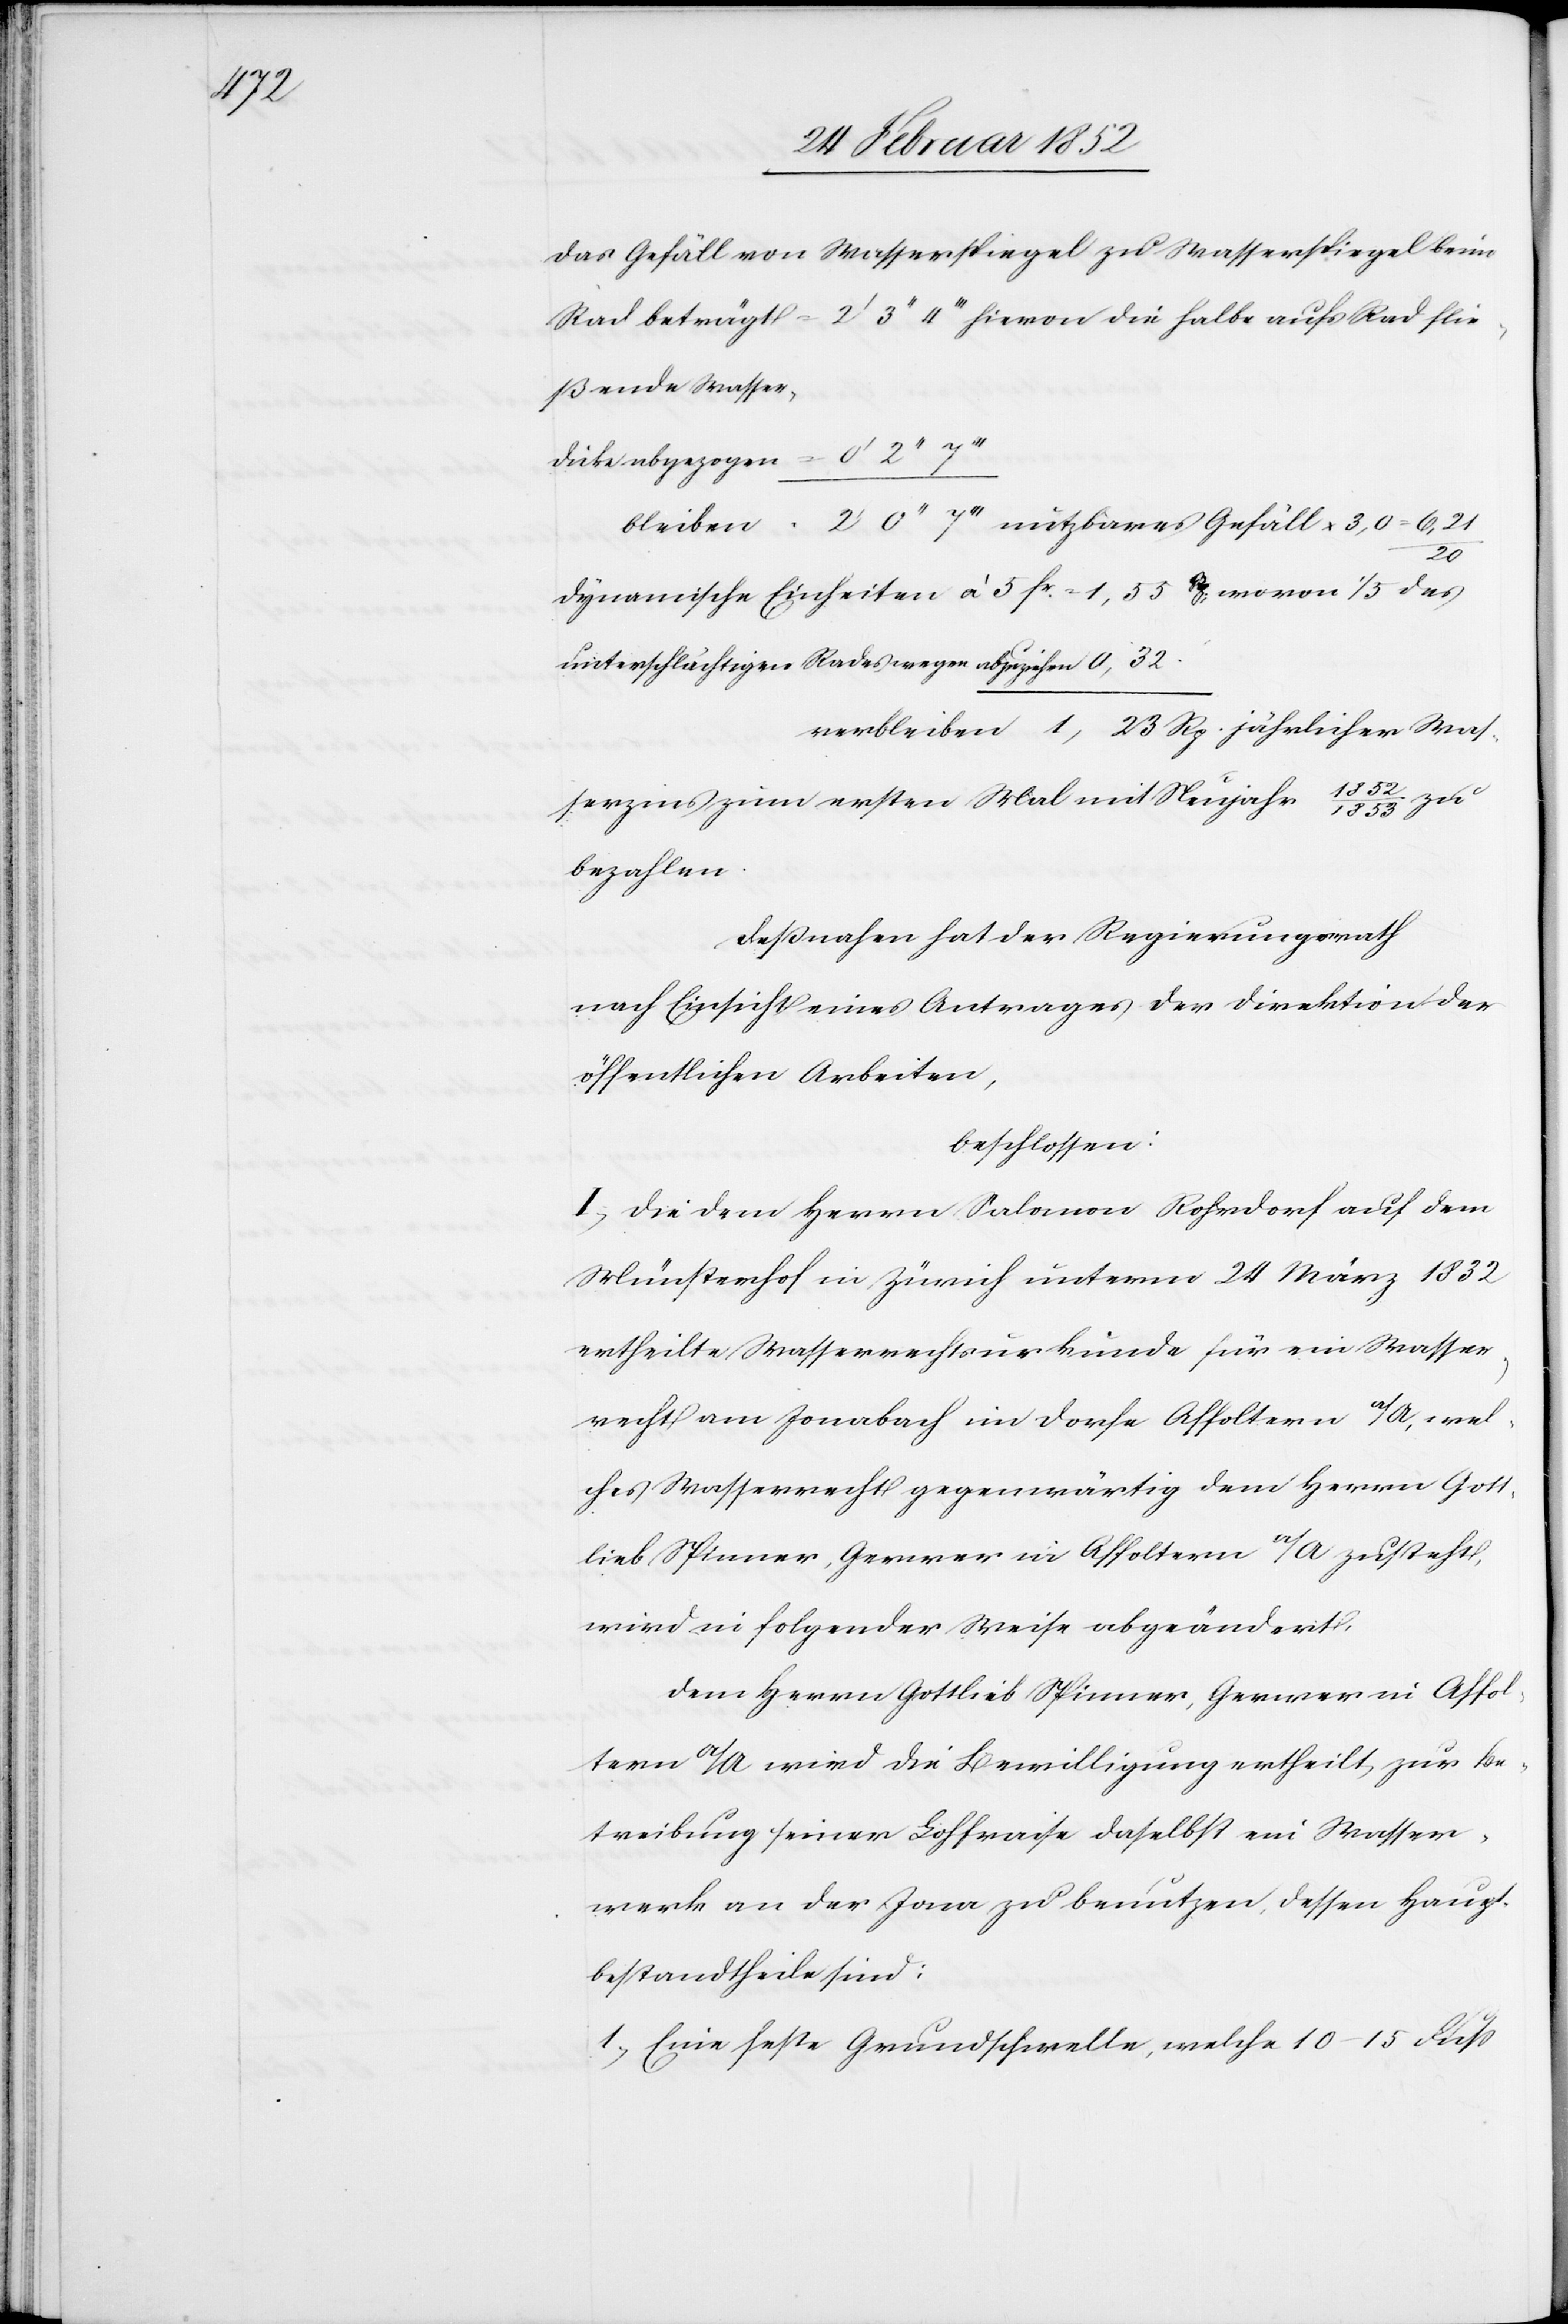
1,23

Das Gefäll von Wasserspiegel zu Wasserspiegel beim
Rad beträgt = 2’ 3’’ 4’’’ hiervon die halbe aufs Rad flie¬
ßende Wasser,
Was¬
dynamische Einheiten à 5 fr. = 1,55 Rp wovon 1/5 des
serzins zum ersten Mal mit Neujahr 1852/1853
bezahlen.
Deßnahen hat der Regierungsrath
nach Einsicht eines Antrages der Direktion der
öffentlichen Arbeiten,
beschlossen:
I.) Die dem Herren Salomon Rohrdorf auch dem
Münsterhof in Zürich unterm 24 März 1832
ertheilte Wasserrechtsurkunde für ein Wasser¬
recht am Jonabach im Dorfe Affoltern a/A, wel¬
ches Wasserrecht gegenwärtig dem Herrn Gott¬
lieb Spinner, Gerwer in Affoltern a/A zusteht,
wird in folgender Weise abgeändert.
Dem Herrn Gottlieb Spinner, Gerwer in Affol¬
tern a/A wird die Bewilligung ertheilt, zur Be¬
treibung seiner Lohfraise daselbst ein Wasser¬
werke an der Jona zu benutzen, dessen Haupt¬
bestandtheile sind:
1.) Eine feste Grundschwelle, welche 10–15 Fuß